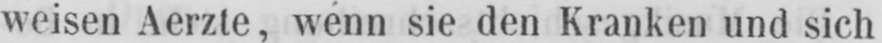
weisen Aerzte, wenn sie den Kranken und sich